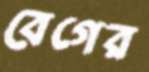
বেগের